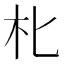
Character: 朼